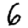
Digit: 6